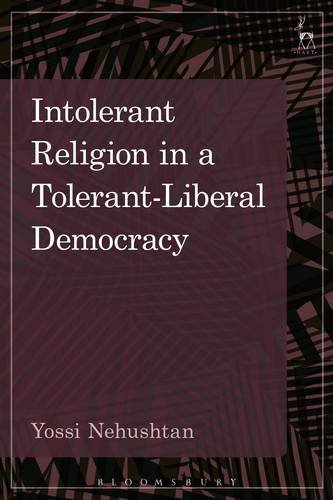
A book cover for Intolerant Religion in a Tolerant-Liberal Democracy; Yossi Nehushtan; Law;